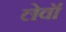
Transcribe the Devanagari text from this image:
लेवॉ